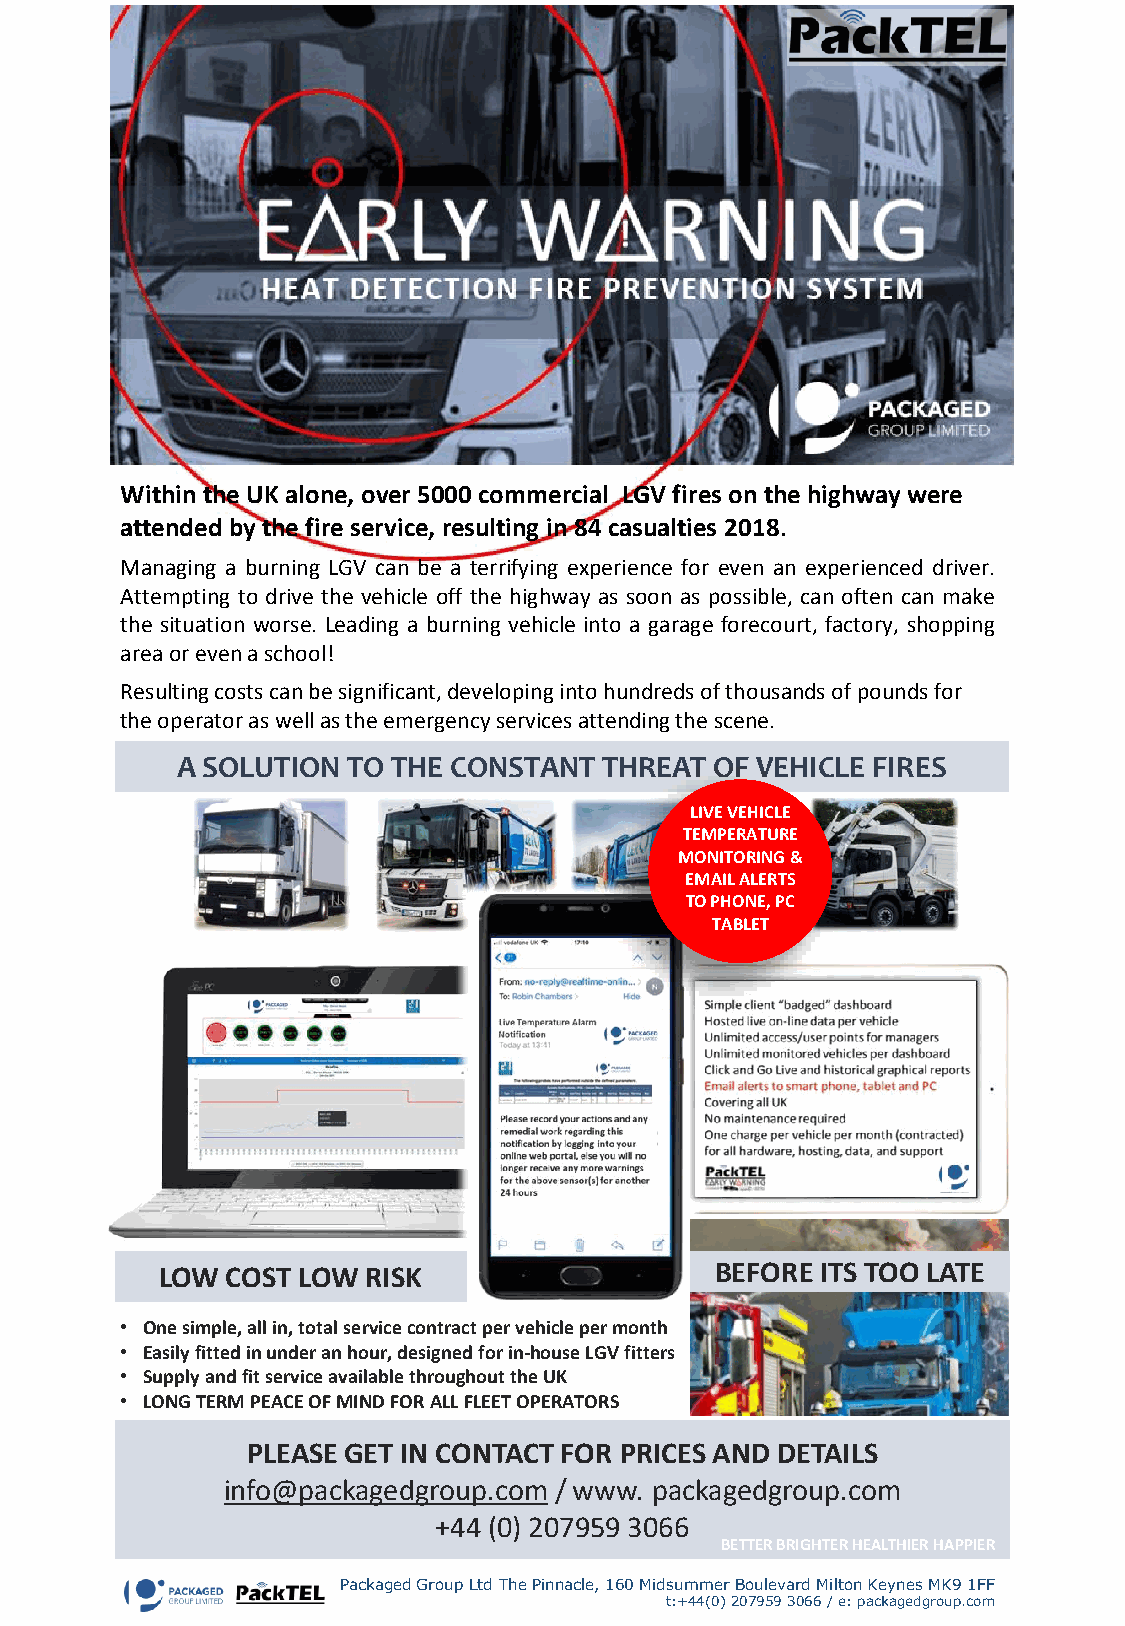
Within the UK alone, over 5000 commercial LGV fires on the highway were
 attended by the fire service, resulting in 84 casualties 2018.
 Managing a burning LGV can be a terrifying experience for even an experienced driver.
 Attempting to drive the vehicle off the highway as soon as possible, can often can make
 the situation worse. Leading a burning vehicle into a garage forecourt, factory, shopping
 areaorevenaschool!
 Resulting costs can be significant, developing into hundreds of thousands of pounds for
 the operator as well as the emergency services attending the scene.
 A SOLUTION TO THE CONSTANT  THREAT OF VEHICLE FIRES
 LIVE VEHICLE
 TEMPERATURE
 MONITORING &
 EMAIL ALERTS
 TO PHONE, PC
 TABLET
 LOW COST LOW RISK                   BEFORE ITS TOO LATE
 • One simple, all in, total service contract per vehicle per month
 • Easily fitted in under an hour, designed for in-house LGV fitters
 • Supply and fit service available throughout the UK
 • LONG TERM PEACE OF MIND FOR ALL FLEET OPERATORS
 PLEASE GET IN CONTACT FOR PRICES AND DETAILS
 info@packagedgroup.com / www. packagedgroup.com
 +44 (0) 207959 3066
 BETTER BRIGHTER HEALTHIER HAPPIER
 Packaged Group Ltd The Pinnacle, 160 Midsummer Boulevard Milton Keynes MK9 1FF
 t:+44(0) 207959 3066 / e: packagedgroup.com